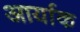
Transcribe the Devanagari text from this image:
आर्याक